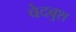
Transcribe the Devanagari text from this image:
वेदबुश